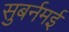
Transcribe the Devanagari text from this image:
सुबर्नमई